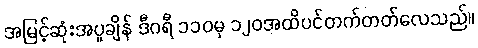
အမြင့်ဆုံးအပူချိန် ဒီဂရီ ၁၁၀မှ ၁၂၀အထိပင်တက်တတ်လေသည်။